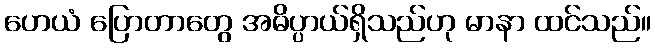
ဟေယံ ပြောတာတွေ အဓိပ္ပာယ်ရှိသည်ဟု မာနာ ထင်သည်။